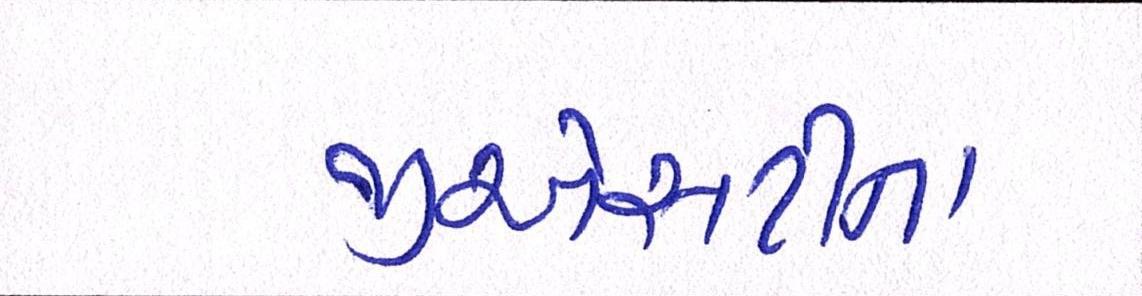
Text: જીએસટીના